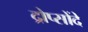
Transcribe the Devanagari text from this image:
द्रोप्सोंदे